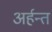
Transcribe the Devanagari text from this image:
अर्हन्त